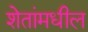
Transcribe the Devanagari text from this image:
शेतांमधील